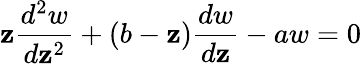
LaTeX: \mathbf{z}{\frac{{d^{2}w}}{{d\mathbf{z}^{2}}}}+(b-\mathbf{z}){\frac{{dw}}{{d\mathbf{z}}}}-aw=0